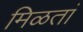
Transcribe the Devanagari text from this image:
मिळतां